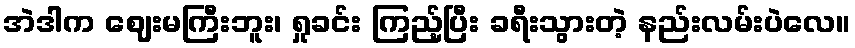
အဲဒါက ဈေးမကြီးဘူး၊ ရှုခင်း ကြည့်ပြီး ခရီးသွားတဲ့ နည်းလမ်းပဲလေ။